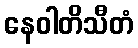
နေဝါတိသီတံ